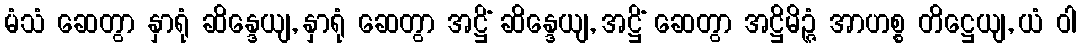
မံသံ ဆေတွာ နှာရုံ ဆိန္ဒေယျ, နှာရုံ ဆေတွာ အဋ္ဌိံ ဆိန္ဒေယျ, အဋ္ဌိံ ဆေတွာ အဋ္ဌိမိဉ္ဇံ အာဟစ္စ တိဋ္ဌေယျ, ယံ ဝါ